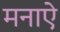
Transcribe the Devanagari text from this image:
मनाऐ